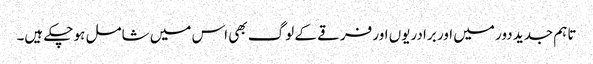
تاہم جدید دور میں اور برادریوں اور فرقے کے لوگ بھی اس میں شامل ہو چکے ہیں۔